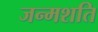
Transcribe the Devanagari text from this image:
जन्मशति